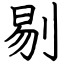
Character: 剔